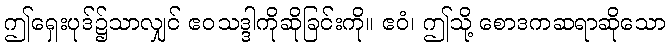
ဤရှေးပုဒ်၌သာလျှင် ဧဝသဒ္ဒါကိုဆိုခြင်းကို။ ဧဝံ၊ ဤသို့ စောဒကဆရာဆိုသော